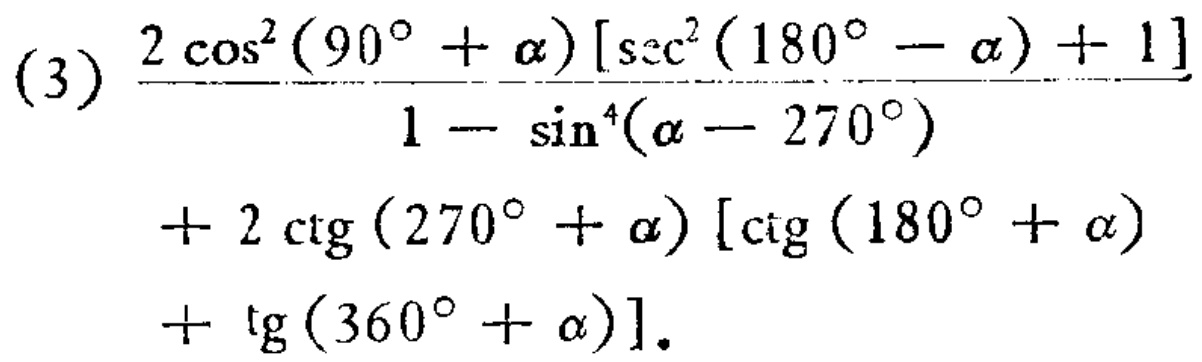
(3) \(\frac{2\cos^{2}(90^{\circ}+\alpha)[\sec^{2}(180^{\circ}-\alpha)+1]}{1 - \sin^{4}(\alpha - 270^{\circ})}+2\cot(270^{\circ}+\alpha)[\cot(180^{\circ}+\alpha)+\tan(360^{\circ}+\alpha)]\)